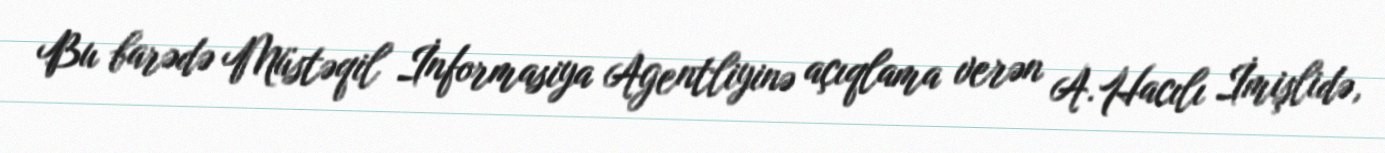
Bu barədə Müstəqil İnformasiya Agentliyinə açıqlama verən A.Hacılı İmişlidə,